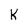
Character: k